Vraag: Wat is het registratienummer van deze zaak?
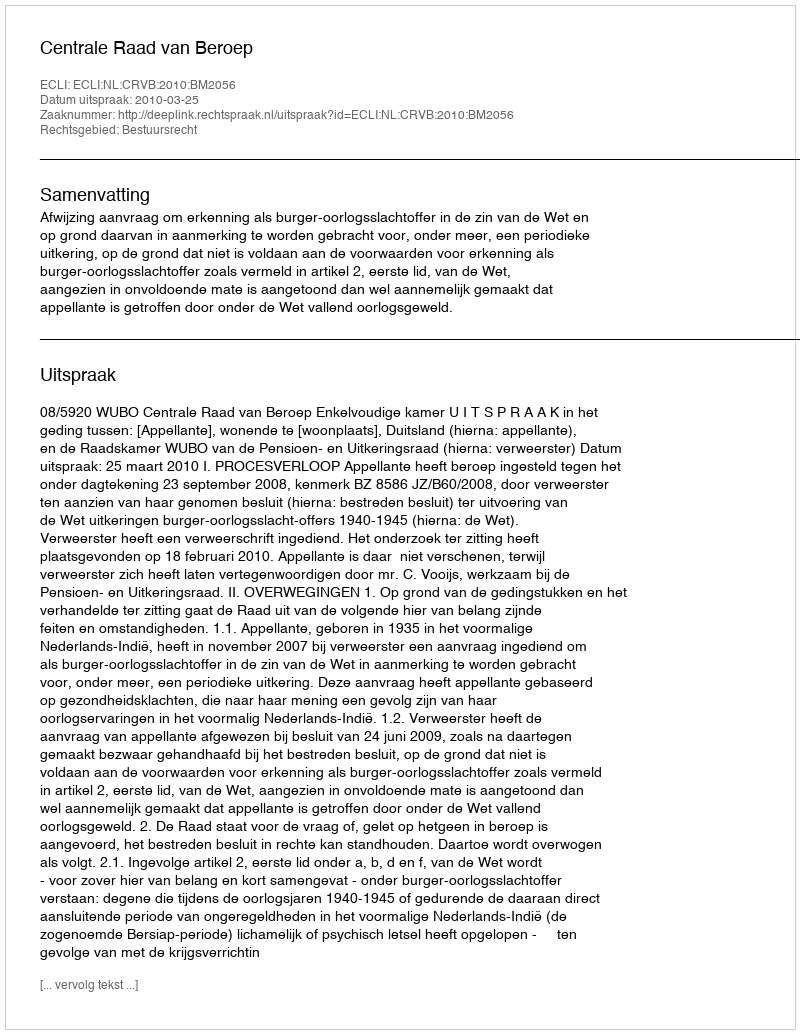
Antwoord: http://deeplink.rechtspraak.nl/uitspraak?id=ECLI:NL:CRVB:2010:BM2056